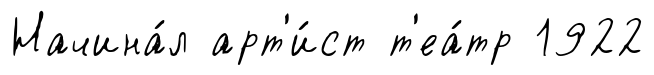
Начина́л арт'и́ст т'еа́тр 1922